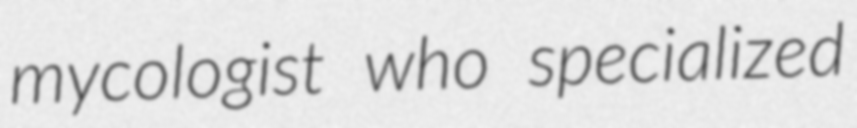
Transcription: mycologist who specialized